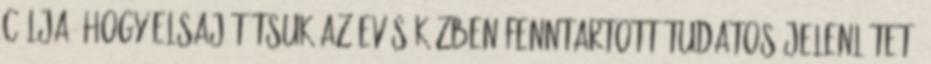
célja, hogy elsajátítsuk az evés közben fenntartott tudatos jelenlétet.